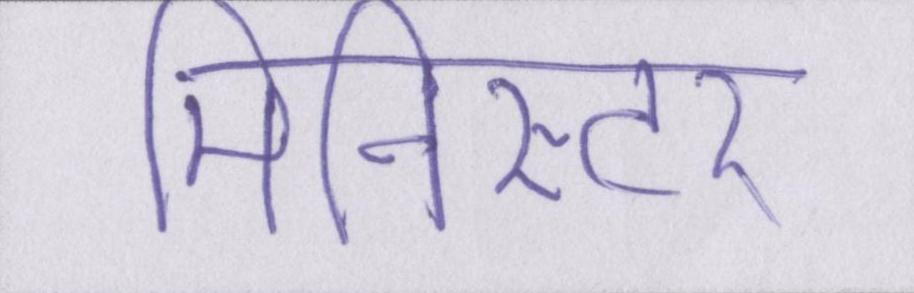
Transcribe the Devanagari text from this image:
मिनिस्टर